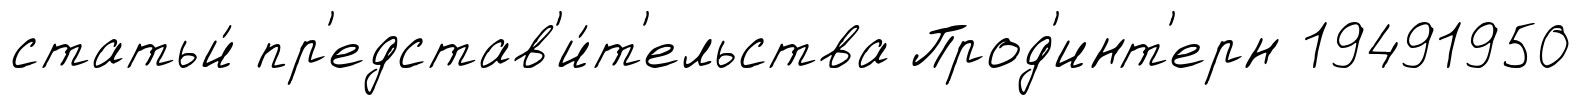
статьи́ пр'едстав'и́т'ельства Прод'инт'ерн 19491950